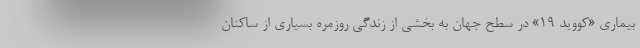
بیماری «کووید ۱۹» در سطح جهان به بخشی از زندگی روزمره بسیاری از ساکنان